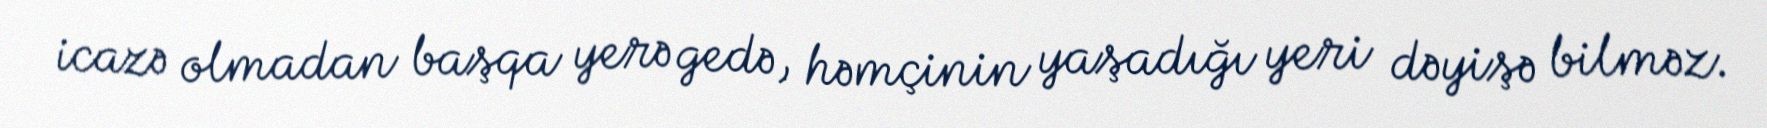
icazə olmadan başqa yerə gedə, həmçinin yaşadığı yeri dəyişə bilməz.